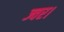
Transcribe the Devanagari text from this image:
ज्वर।